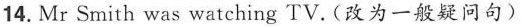
14. Mr Smith was watching TV.(改为一般疑问句)